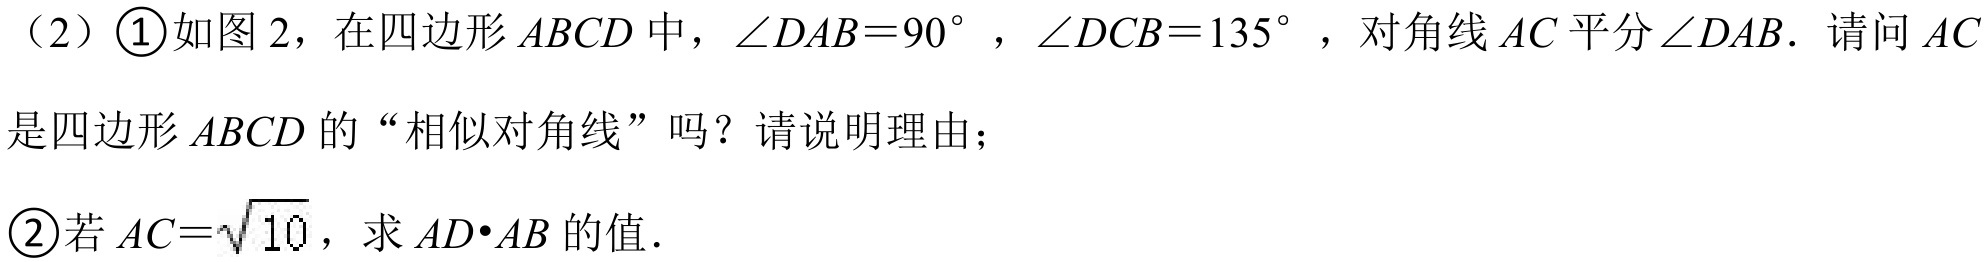
（2）\textcircled{1}如图 2，在四边形$ABCD$中，$\angle DAB = 90^{\circ}$，$\angle DCB = 135^{\circ}$，对角线$AC$平分$\angle DAB$．请问$AC$
是四边形$ABCD$的“相似对角线”吗？请说明理由；
\textcircled{2}若$AC = \sqrt{10}$，求$AD\cdot AB$的值．